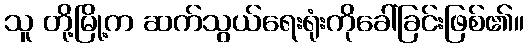
သူ တို့မြို့က ဆက်သွယ်ရေးရုံးကိုခေါ်ခြင်းဖြစ်၏။